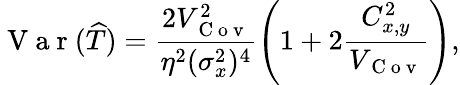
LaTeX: \mathrm{~V~a~r~}(\widehat{T})=\frac{2V_{\mathrm{~C~o~v~}}^{2}}{\eta^{2}(\sigma_{x}^{2})^{4}}\left(1+2\frac{C_{x,y}^{2}}{V_{\mathrm{~C~o~v~}}}\right),